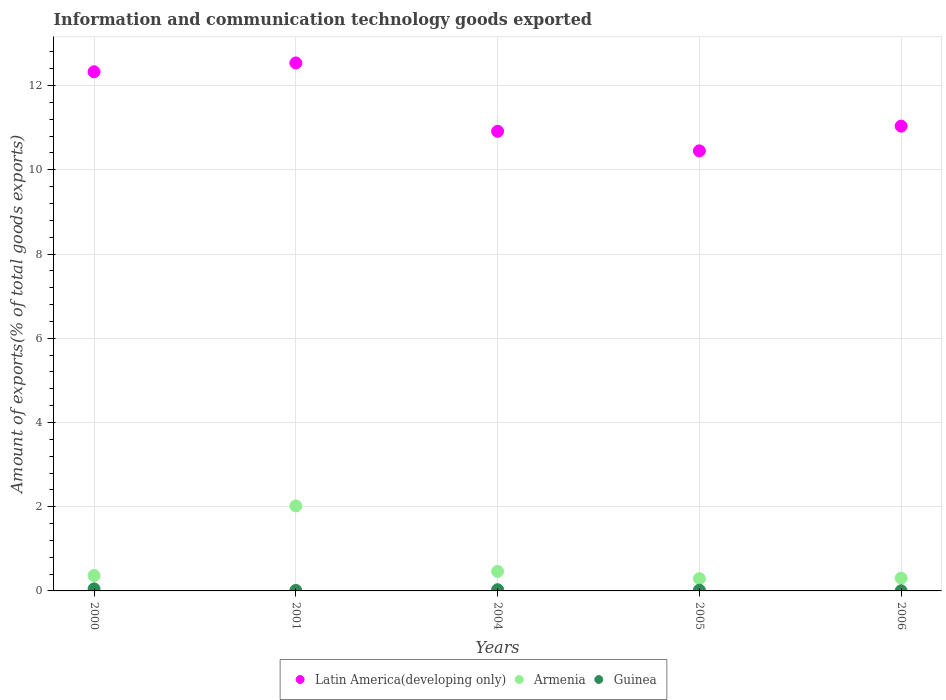
| Years | Latin America(developing only) | Armenia | Guinea |
 | --- | --- | --- | --- |
 | 2000 | 12.3 | 0.364 | 0.0486 |
 | 2001 | 12.5 | 2.02 | 0.0118 |
 | 2004 | 10.9 | 0.464 | 0.0292 |
 | 2005 | 10.5 | 0.292 | 0.0178 |
 | 2006 | 11 | 0.303 | 0.0033 |